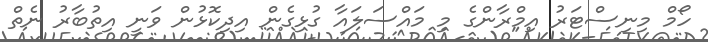
ހޯމް މިނިސްޓަރު އިމްރާންގެ މި މައްސަލައާ ގުޅިގެން އިދިކޮޅުން ވަނީ އިތުބާރު ނެތް